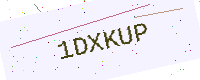
Text: 1DXKUP